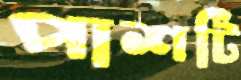
পাশটি